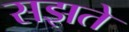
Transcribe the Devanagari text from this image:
सझते